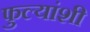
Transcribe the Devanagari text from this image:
फुल्यांशी